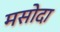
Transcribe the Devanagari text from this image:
मसोदा